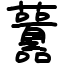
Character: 䖀